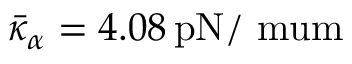
\bar { \kappa } _ { \alpha } = 4 . 0 8 \, \mathrm { { p N / \ m u m } }